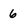
Character: 6